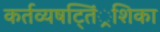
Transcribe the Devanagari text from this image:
कर्तव्यषट्तिं्रशिका